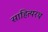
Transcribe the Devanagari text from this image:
साहित्यरथ